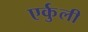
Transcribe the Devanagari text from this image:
एर्कुली